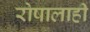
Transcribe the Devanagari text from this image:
रोषालाही